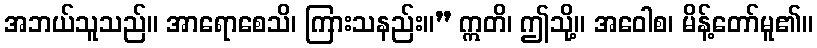
အဘယ်သူသည်။ အာရောစေသိ၊ ကြားသနည်း။” ဣတိ၊ ဤသို့။ အဝေါစ၊ မိန့်တော်မူ၏။